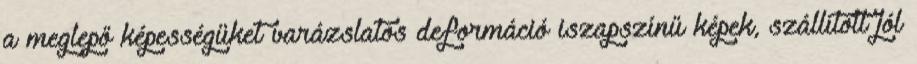
a meglepő képességüket varázslatos deformáció iszapszínű képek, szállított jól